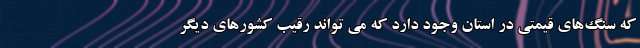
که سنگ‌های قیمتی در استان وجود دارد که می تواند رقیب کشورهای دیگر